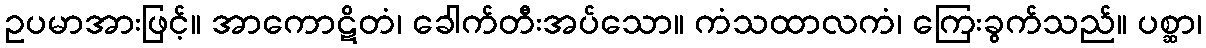
ဥပမာအားဖြင့်။ အာကောဋိတံ၊ ခေါက်တီးအပ်သော။ ကံသထာလကံ၊ ကြေးခွက်သည်။ ပစ္ဆာ၊